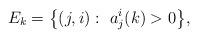
LaTeX: \begin{align*} E_k = \big \{ (j,i):~ a_j^i(k) > 0 \big \},\end{align*}